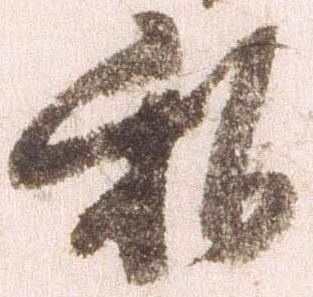
私